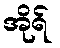
အိုရ်